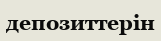
депозиттерін